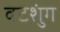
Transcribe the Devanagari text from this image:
वटशुंग